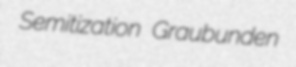
Semitization Graubunden